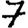
Digit: 7